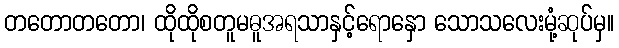
တတောတတော၊ ထိုထိုစတူမဓူအရသာနှင့်ရောနှော သောသလေးမုံ့ဆုပ်မှ။